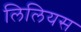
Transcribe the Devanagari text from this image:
लिलियस